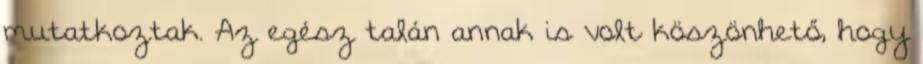
mutatkoztak. Az egész talán annak is volt köszönhető, hogy